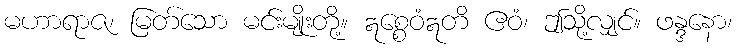
မဟာရာဇ၊ မြတ်သော မင်းမျိုးတို့။ ဣစ္စေဝံဣတိ ဧဝံ၊ ဤသို့လျှင်။ ဖန္ဒနော၊